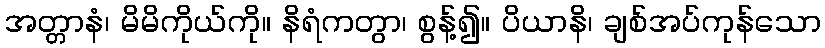
အတ္တာနံ၊ မိမိကိုယ်ကို။ နိရံကတွာ၊ စွန့်၍။ ပိယာနိ၊ ချစ်အပ်ကုန်သော